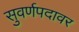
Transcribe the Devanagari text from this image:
सुवर्णपदावर